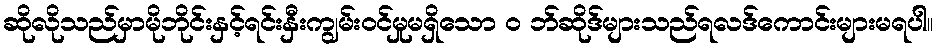
ဆိုလိုသည်မှာမိုဘိုင်းနှင့်ရင်းနှီးကျွမ်းဝင်မှုမရှိသော ၀ ဘ်ဆိုဒ်များသည်ရလဒ်ကောင်းများမရပါ။